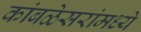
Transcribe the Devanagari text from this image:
कांबळेसरांमध्ये